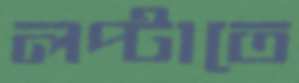
লপ্‌টাতে